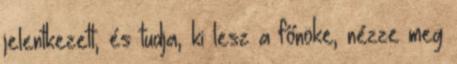
jelentkezett, és tudja, ki lesz a főnöke, nézze meg